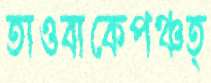
তাওবাকেপঞ্চত্